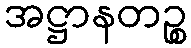
အဋ္ဌာနတဉ္စ